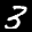
Label: 3